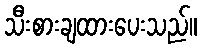
သီးစားချထားပေးသည်။